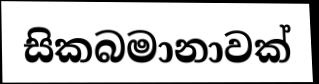
සිකබමානාවක්